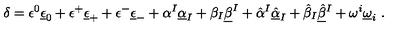
\delta = \epsilon ^ { 0 } \underline { \epsilon } _ { 0 } + \epsilon ^ { + } \underline { \epsilon } _ { + } + \epsilon ^ { - } \underline { \epsilon } _ { - } + \alpha ^ { I } \underline { \alpha } _ { I } + \beta _ { I } \underline { \beta } ^ { I } + \hat { \alpha } { } ^ { I } \underline { { \hat { \alpha } } } _ { I } + \hat { \beta } _ { I } \underline { { \hat { \beta } } } { } ^ { I } + \omega ^ { i } \underline { \omega } _ { i } \ .